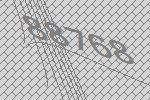
88768